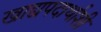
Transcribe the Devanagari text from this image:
खाद्यपदार्थाशी